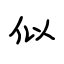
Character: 似